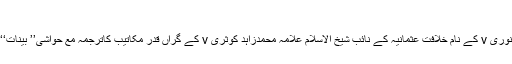
انتخاب: مولانا سید سلیمان یوسف بنوری
والدِ محترم محدث العصر حضرت علامہ سید محمد یوسف بنوری v کے نام خلافتِ عثمانیہ کے نائب شیخ الاسلام علامہ محمدزاہد کوثری v کے گراں قدر مکاتیب کاترجمہ مع حواشی’’ بینات‘‘ کے صفحات میں شائع کیا گیا، جسے پذیرائی حاصل ہوئی۔